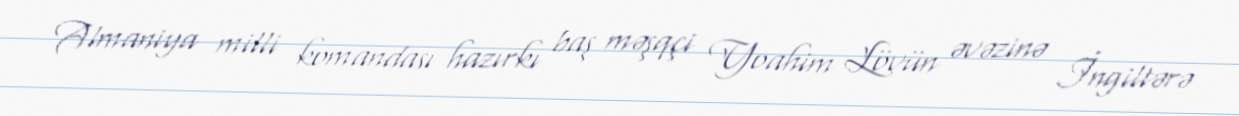
Almaniya milli komandası hazırkı baş məşqçi Yoahim Lövün əvəzinə İngiltərə